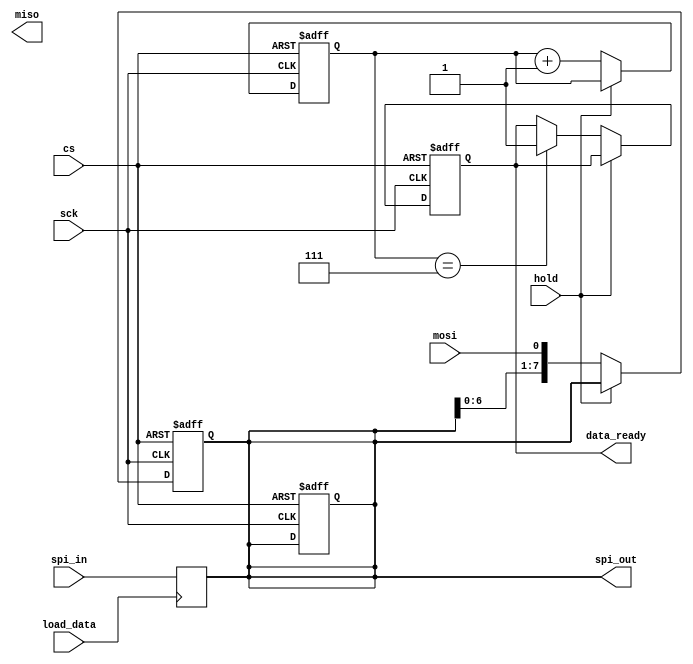
module SPI_Interface (
    input wire cs,
    input wire sck,
    input wire mosi,
    output wire miso,
    input wire hold,
    output wire [7:0] spi_out,
    input wire [7:0] spi_in,
    output wire data_ready,
    input wire load_data
);

    reg [7:0] shift_register = 8'b0;
    reg data_ready_r = 1'b0;
    reg [2:0] bit_counter;

//posedge of sck: READ
always @(posedge sck or negedge cs) begin
    if (!cs) begin
        shift_register <= 8'b0;
        data_ready_r <= 1'b0;
        bit_counter <= 3'b0;
    end else if (!hold) begin
        shift_register <= {shift_register[6:0], mosi};
        bit_counter <= bit_counter + 1;
        if (bit_counter == 3'b111) begin
            data_ready_r <= 1'b1;
        end
    end
end

    //negedge of sck: WRITE
    always @(negedge sck or negedge cs) begin
        if (!cs) begin
            shift_register <= 8'b0;
        end else if (!hold && cs == 0) begin
        end
    end

    always @(posedge load_data) begin
        shift_register <= spi_in;
    end

    // output the entire shift_register on spi_out
    assign spi_out = shift_register;

    assign data_ready = data_ready_r;

endmodule